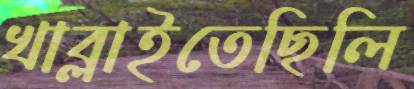
খাব্‌লাইতেছিলি